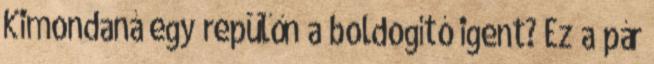
Kimondaná egy repülőn a boldogító igent? Ez a pár